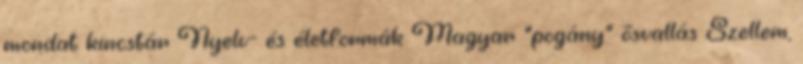
mondat kincstár Nyelv- és életformák Magyar "pogány" ősvallás Szellem,